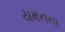
યમનના